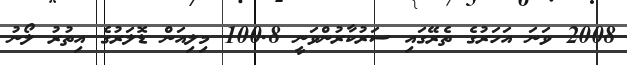
2008 ވަނަ އަހަރުގެ ތެރޭގައި ސަރުކާރުންވަނީ 100.8 މިލިއަން ޑޮލަރުގެ އިތުރު ލޯނު